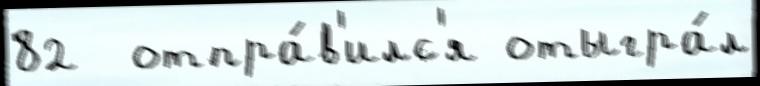
82  отпра́в'илс'я отыгра́л